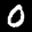
Label: 0